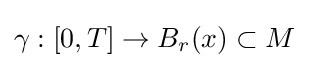
\gamma :\left[0,T\right]\rightarrow B_{r}(x)\subset M